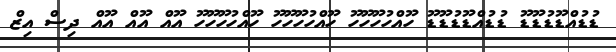
ޑުޑުއްޑޫޑުޑޫޑޫ ޑުޑުއްޑޫޑުޑޫޑޫ ހޫއްހުހޫހޫހޫ ހޫއްހުހޫހޫހޫ ހޫއްހުހޫހޫހޫ އޫއް އޫއް އޫއް ދިސް އިޒް